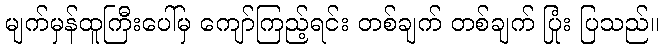
မျက်မှန်ထူကြီးပေါ်မှ ကျော်ကြည့်ရင်း တစ်ချက် တစ်ချက် ပြုံး ပြသည်။